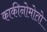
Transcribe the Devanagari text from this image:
काकीनोमोतो